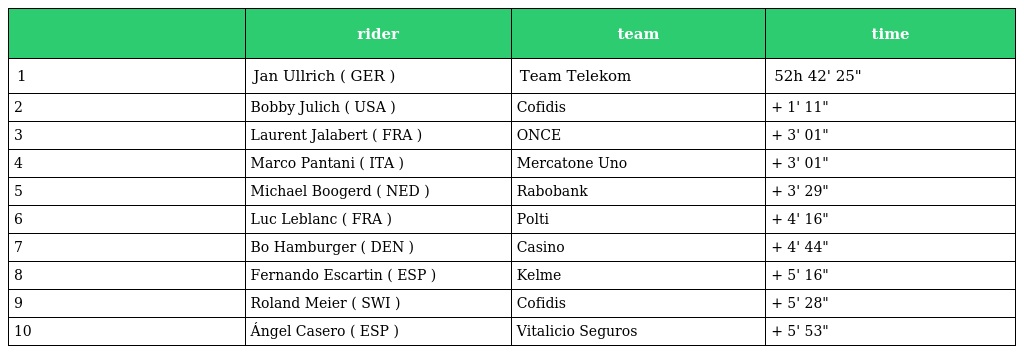
|  | rider | team | time |
 | --- | --- | --- | --- |
 | 1 | Jan Ullrich ( GER ) | Team Telekom | 52h 42' 25" |
 | 2 | Bobby Julich ( USA ) | Cofidis | + 1' 11" |
 | 3 | Laurent Jalabert ( FRA ) | ONCE | + 3' 01" |
 | 4 | Marco Pantani ( ITA ) | Mercatone Uno | + 3' 01" |
 | 5 | Michael Boogerd ( NED ) | Rabobank | + 3' 29" |
 | 6 | Luc Leblanc ( FRA ) | Polti | + 4' 16" |
 | 7 | Bo Hamburger ( DEN ) | Casino | + 4' 44" |
 | 8 | Fernando Escartin ( ESP ) | Kelme | + 5' 16" |
 | 9 | Roland Meier ( SWI ) | Cofidis | + 5' 28" |
 | 10 | Ángel Casero ( ESP ) | Vitalicio Seguros | + 5' 53" |